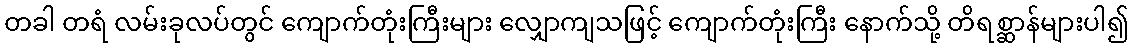
တခါ တရံ လမ်းခုလပ်တွင် ကျောက်တုံးကြီးများ လျှောကျသဖြင့် ကျောက်တုံးကြီး နောက်သို့ တိရစ္ဆာန်များပါ၍